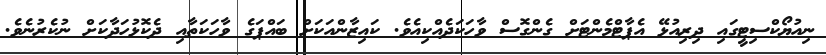
ނިއުޔޯކްސިޓީގައި ދިރިއުޅޭ އެޕާޓްމެންޓަށް ގެންގޮސް ވާހަކަދެއްކިއެވެ. ކައިޒާންއަކަށް ބައްޕަގެ ވާހަކަތާއި ދެކޮޅުހަދާކަށް ނުކެރުނެވެ.